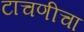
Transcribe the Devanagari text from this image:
टाचणीचा